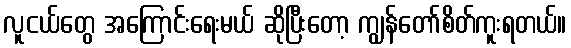
လူငယ်တွေ အကြောင်းရေးမယ် ဆိုပြီးတော့ ကျွန်တော်စိတ်ကူးရတယ်။